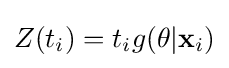
Z(t_{i})=t_{i}g(\mathbf {\theta } |\mathbf {x} _{i})